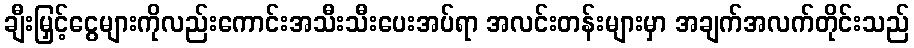
ချီးမြှင့်ငွေများကိုလည်းကောင်းအသီးသီးပေးအပ်ရာ အလင်းတန်းများမှာ အချက်အလက်တိုင်းသည်